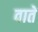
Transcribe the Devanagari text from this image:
वातें